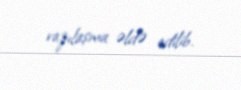
razılaşma əldə edilib.